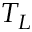
T _ { L }